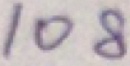
1 0 8